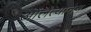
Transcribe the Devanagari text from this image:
ओलेत्यानेच